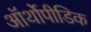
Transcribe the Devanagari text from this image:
ऑर्थोपीडिक